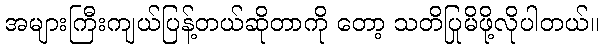
အများကြီးကျယ်ပြန့်တယ်ဆိုတာကို တော့ သတိပြုမိဖို့လိုပါတယ်။